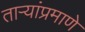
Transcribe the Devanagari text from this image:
ताऱ्यांप्रमाणे